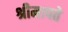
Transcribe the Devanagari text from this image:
श्रीमापते